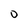
Character: 0